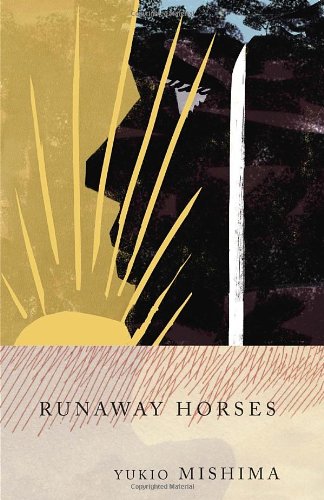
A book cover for Runaway Horses: The Sea of Fertility, 2; Yukio Mishima; Literature & Fiction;